Leaving Certificate Examination, 1923
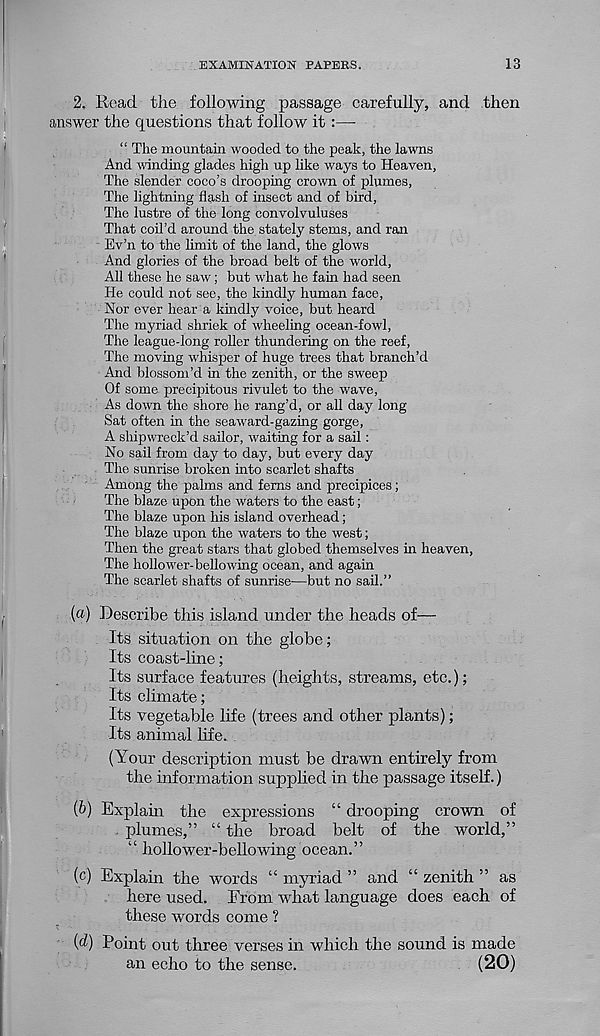
EXAMINATION PAPERS.
1o o
2. Read the following passage carefully, and then
answer the questions that follow it :—-
“ The mountain wooded to the peak, the lawns
And winding glades high up like ways to Heaven,
The slender coco’s drooping crown of plumes,
The lightning flash of insect and of bird,
The lustre of the long convolvuluses
That coil’d around the stately stems, and ran
Ev’n to the limit of the land, the glows
And glories of the broad belt of the world,
All these he saw; but what he fain had seen
He could not see, the kindly human face,
Nor ever hear a kindly voice, but heard
The myriad shriek of wheeling ocean-fowl,
The league-long roller thundering on the reef,
The moving whisper of huge trees that branch’d
And blossom’d in the zenith, or the sweep
Of some precipitous rivulet to the wave,
As down the shore he rang’d, or all day long
Sat often in the seaward-gazing gorge,
A shipwreck’d sailor, waiting for a sail:
No sail from day to day, but every day
The sunrise broken into scarlet shafts
Among the palms and ferns and precipices;
The blaze upon the waters to the east;
The blaze upon his island overhead;
The blaze upon the waters to the west;
Then the great stars that globed themselves in heaven,
The hollower-bellowing ocean, and again
The scarlet shafts of sunrise—but no sail.”
(a) Describe this island under the heads of—
Its situation on the globe;
Its coast-line;
Its surface features (heights, streams, etc.);
Its climate;
Its vegetable life (trees and other plants);
Its animal life.
(Your description must be drawn entirely from
the information supplied in the passage itself.)
(b) Explain the expressions “ drooping crown of
plumes,” “ the broad belt of the world,”
“ hollower-bellowing ocean.”
(c) Explain the words “ myriad ” and “ zenith ” as
here used. From what language does each of
these words come ?
(d) Point out three verses in which the sound is made
an echo to the sense.
(20)